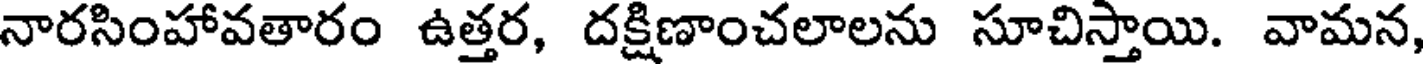
నారసింహావతారం ఉత్తర, దక్షిణాంచలాలను సూచిస్తాయి. వామన,